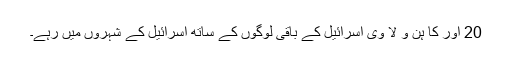
20 اور کا ہن و لا وی اسرائیل کے باقی لوگوں کے ساتھ اسرائیل کے شہروں میں رہے۔